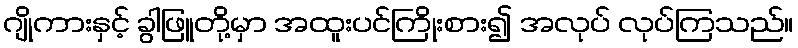
ဂျိုကားနှင့် ခွါဖြူတို့မှာ အထူးပင်ကြိုးစား၍ အလုပ် လုပ်ကြသည်။